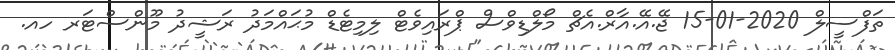
ތަފްސީލް 2020-01-15 ޖޭ.އޭ.އާރް.އެޗް މޯލްޑިވްސް ޕްރައިވެޓް ލިމިޓެޑް މުޙައްމަދު ރަޝީދު މޫންސްޓަރ ހއ.